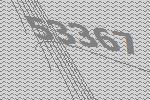
53367